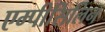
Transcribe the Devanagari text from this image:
एम्पीसिलिन